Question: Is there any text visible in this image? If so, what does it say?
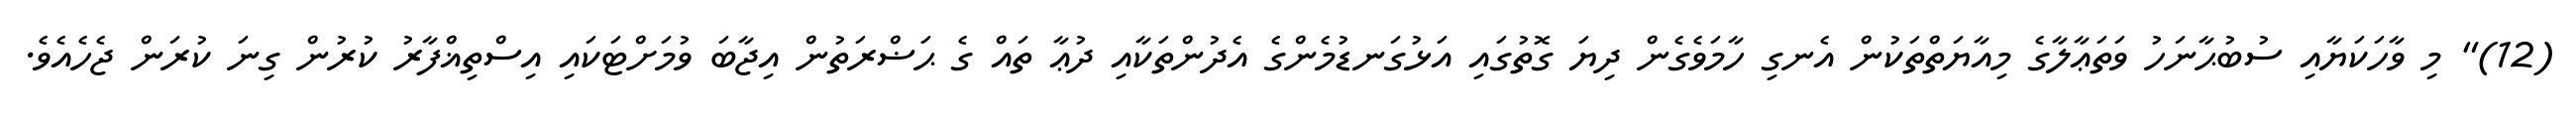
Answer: (12)" މި ވާހަކަޔާއި ސުބުޙާނަހު ވަތަޢާލާގެ މިއާޔަތްތަކުން އެނގި ހާމަވެގެން ދިޔަ ގޮތުގައި އަޅުގަނޑުމެންގެ އެދުންތަކާއި ދުޢާ ތައް ގެ ޙަޟްރަތުން އިޖާބަ ވުމަށްޓަކައި އިސްތިޣްފާރު ކުރުން ގިނަ ކުރަން ޖެހެއެވެ.